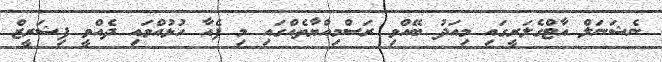
ނެޝަނަލް އާޓްގެލަރީގައި މިއަދު ބޭއްވި ރަސްމިއްޔާތެއްގައި މި ފެއާ ހުޅުއްވައި ދެއްވީ ފިޝަރީޒް